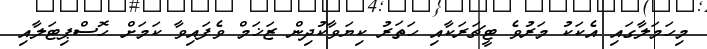
މިހަމަލާގައި އެކަކު މަރުވެ ޓީޗަރަކާއި ހަތަރު ކިޔަވާކުދިން ޒަޚަމް ވެފައިވާ ކަމަށް ހޮސްޕިޓަލާއި